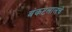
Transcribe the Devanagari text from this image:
बंकटलालचे